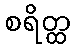
စရိတ္ထ